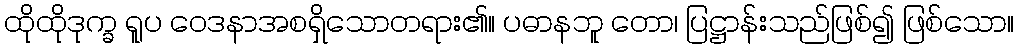
ထိုထိုဒုက္ခ ရူပ ဝေဒနာအစရှိသောတရား၏။ ပဓာနဘူ တော၊ ပြဋ္ဌာန်းသည်ဖြစ်၍ ဖြစ်သော။